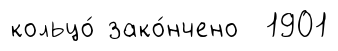
кольцо́ зако́нчено 1901